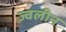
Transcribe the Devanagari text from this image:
ज्वलीन